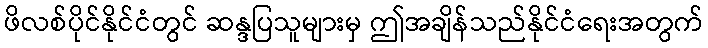
ဖိလစ်ပိုင်နိုင်ငံတွင် ဆန္ဒပြသူများမှ ဤအချိန်သည်နိုင်ငံရေးအတွက်